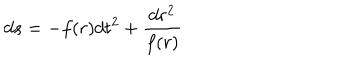
LaTeX: d s = - f ( r ) d t ^ { 2 } + \frac { d r ^ { 2 } } { f ( r ) }